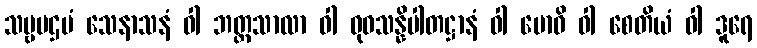
သဗ္ဗပဌမံ သေနာသနံ ဝါ ဘတ္တသာလာ ဝါ ဓုဝသန္နိပါတဋ္ဌာနံ ဝါ ဗောဓိ ဝါ စေတိယံ ဝါ ဒူရေ